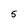
Character: 5